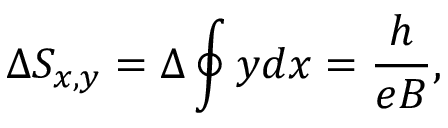
\Delta S _ { x , y } = \Delta \oint y d x = \frac { h } { e B } ,